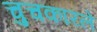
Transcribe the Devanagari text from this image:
चुचकारले